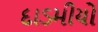
દાડમીયો